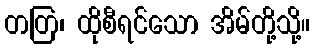
တတြ၊ ထိုစီရင်သော အိမ်တို့သို့။